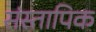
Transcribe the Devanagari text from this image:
संस्तापिक